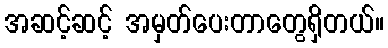
အဆင့်ဆင့် အမှတ်ပေးတာတွေရှိတယ်။